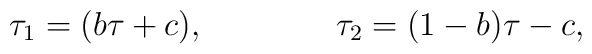
\tau_1=(b \tau +c),\qquad\qquad  \tau_2=(1-b)\tau - c,